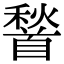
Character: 𮩦